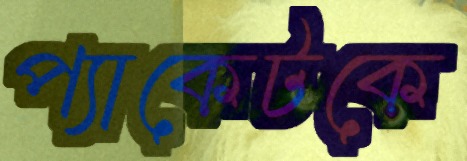
প্যাকেটকে